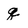
Character: q